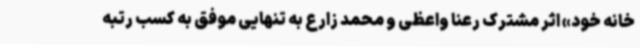
خانه خود» اثر مشترک رعنا واعظی و محمد زارع به تنهایی موفق به کسب رتبه